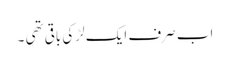
اب صرف ایک لڑکی باقی تھی ۔